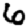
Digit: 6